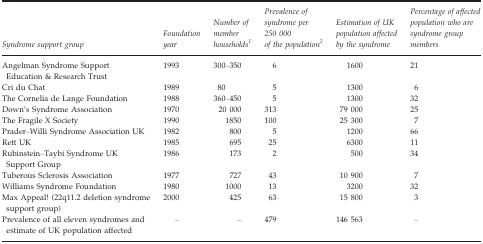
<table><thead><tr><td><b>Syndrome support group</b></td><td><b>Foundation year</b></td><td><b>Number of member householdsa</b></td><td><b>Prevalence of syndrome per 250 000 of the populationb</b></td><td><b>Estimation of UK population affected by the syndrome</b></td><td><b>Percentage of affected population who are syndrome group members</b></td></tr></thead><tbody><tr><td>Angelman Syndrome Support Education &amp; Research Trust</td><td>1993</td><td>300–350</td><td>6</td><td>1600</td><td>21</td></tr><tr><td>Cri du Chat</td><td>1989</td><td>80</td><td>5</td><td>1300</td><td>6</td></tr><tr><td>The Cornelia de Lange Foundation</td><td>1988</td><td>360–450</td><td>5</td><td>1300</td><td>32</td></tr><tr><td>Down&#x27;s Syndrome Association</td><td>1970</td><td>20 000</td><td>313</td><td>79 000</td><td>25</td></tr><tr><td>The Fragile X Society</td><td>1990</td><td>1850</td><td>100</td><td>25 300</td><td>7</td></tr><tr><td>Prader–Willi Syndrome Association UK</td><td>1982</td><td>800</td><td>5</td><td>1200</td><td>66</td></tr><tr><td>Rett UK</td><td>1985</td><td>695</td><td>25</td><td>6300</td><td>11</td></tr><tr><td>Rubinstein–Taybi Syndrome UK Support Group</td><td>1986</td><td>173</td><td>2</td><td>500</td><td>34</td></tr><tr><td>Tuberous Sclerosis Association</td><td>1977</td><td>727</td><td>43</td><td>10 900</td><td>7</td></tr><tr><td>Williams Syndrome Foundation</td><td>1980</td><td>1000</td><td>13</td><td>3200</td><td>32</td></tr><tr><td>Max Appeal! (22q11.2 deletion syndrome support group)</td><td>2000</td><td>425</td><td>63</td><td>15 800</td><td>3</td></tr><tr><td>Prevalence of all eleven syndromes and estimate of UK population affected</td><td>–</td><td>–</td><td>479</td><td>146 563</td><td>–</td></tr></tbody></table>